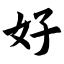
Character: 好